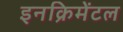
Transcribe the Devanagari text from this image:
इनक्रिमेंटल